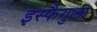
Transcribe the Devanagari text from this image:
इस्फैगुला